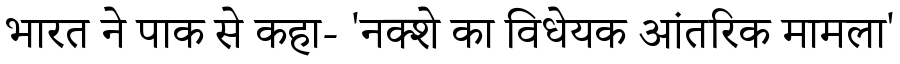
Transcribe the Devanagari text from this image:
भारत ने पाक से कहा- 'नक्शे का विधेयक आंतरिक मामला'